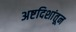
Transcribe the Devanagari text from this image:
अष्टदिशांतून